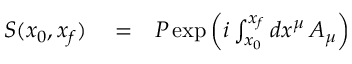
\begin{array} { r l r } { S ( x _ { 0 } , x _ { f } ) } & { { } = } & { P \exp \left( i \int _ { x _ { 0 } } ^ { x _ { f } } d x ^ { \mu } \, A _ { \mu } \right) } \end{array}